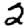
Digit: 2